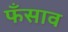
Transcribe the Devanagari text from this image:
फँसाव